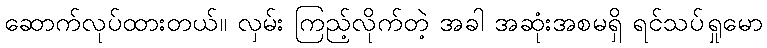
ဆောက်လုပ်ထားတယ်။ လှမ်း ကြည့်လိုက်တဲ့ အခါ အဆုံးအစမရှိ ရင်သပ်ရှုမော